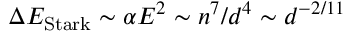
\Delta E _ { \mathrm { S t a r k } } \sim \alpha E ^ { 2 } \sim n ^ { 7 } / d ^ { 4 } \sim d ^ { - 2 / 1 1 }